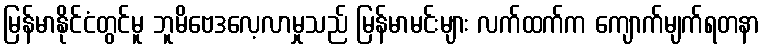
မြန်မာနိုင်ငံတွင်မူ ဘူမိဗေဒလေ့လာမှုသည် မြန်မာမင်းများ လက်ထက်က ကျောက်မျက်ရတနာ